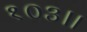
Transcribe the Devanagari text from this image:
१०३।।